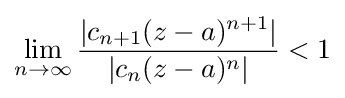
\lim _{n\to \infty }{\frac {|c_{n+1}(z-a)^{n+1}|}{|c_{n}(z-a)^{n}|}}<1